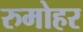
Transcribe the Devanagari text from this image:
रुमोहर